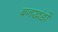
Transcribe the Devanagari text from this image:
बनखंडों